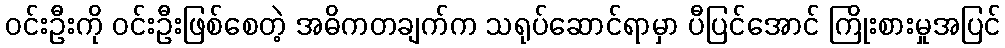
ဝင်းဦးကို ဝင်းဦးဖြစ်စေတဲ့ အဓိကတချက်က သရုပ်ဆောင်ရာမှာ ပီပြင်အောင် ကြိုးစားမှုအပြင်